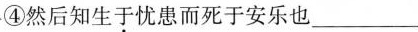
④然后知生于忧患而死于安乐也 ___